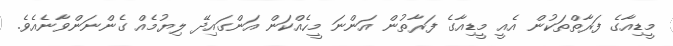
މީޑިއާގެ ފަރާތްތަކުން އެއީ މީޑިއާގެ ފަރާތުން އަންނަ މީހެއްކަން އަންގައިދޭ ލިޔުމެއް ގެންނަންވާނެއެވެ.